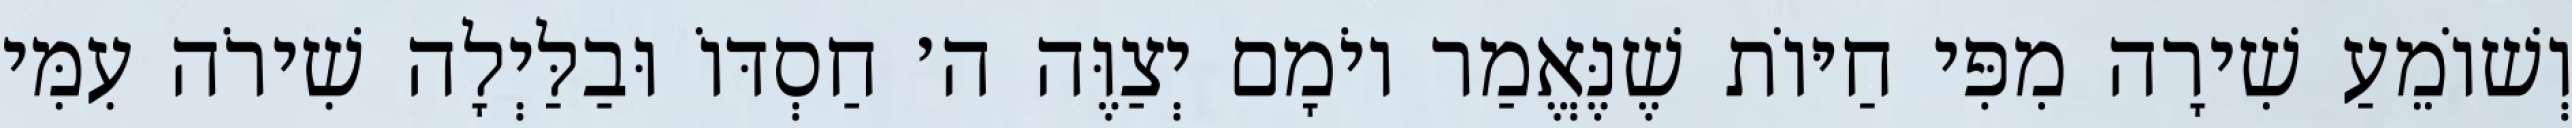
וְשׁוֹמֵעַ שִׁירָה מִפִּי חַיּוֹת שֶׁנֶּאֱמַר יוֹמָם יְצַוֶּה ה׳ חַסְדּוֹ וּבַלַּיְלָה שִׁירֹה עִמִּי